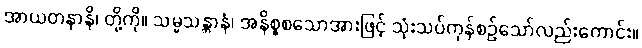
အာယတနာနိ၊ တို့ကို။ သမ္မသန္တာနံ၊ အနိစ္စစသောအားဖြင့် သုံးသပ်ကုန်စဉ်သော်လည်းကောင်း။